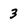
Character: 3